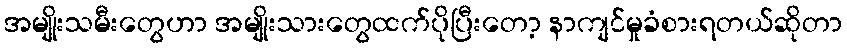
အမျိုးသမီးတွေဟာ အမျိုးသားတွေထက်ပိုပြီးတော့ နာကျင်မှုခံစားရတယ်ဆိုတာ